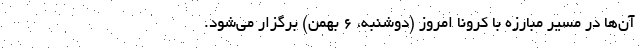
آن‌ها در مسیر مبارزه با کرونا امروز (دوشنبه، ۶ بهمن) برگزار می‌شود.